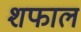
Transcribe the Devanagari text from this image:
शफाल